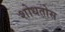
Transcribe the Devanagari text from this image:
शोधतोस